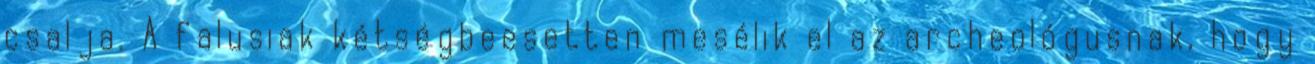
csalja. A falusiak kétségbeesetten mesélik el az archeológusnak, hogy